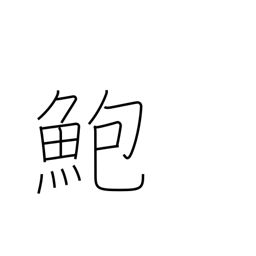
Meaning: abalone